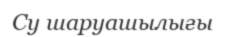
Су шаруашылығы